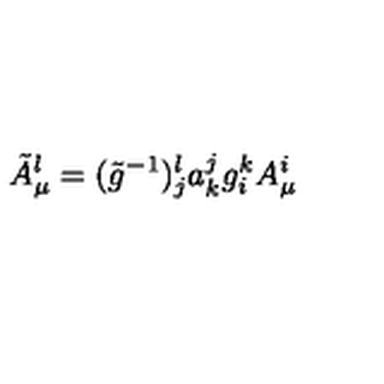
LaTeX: \tilde { A } _ { \mu } ^ { l } = ( \tilde { g } ^ { - 1 } ) { } _ { j } ^ { l } a _ { k } ^ { j } g _ { i } ^ { k } A _ { \mu } ^ { i }